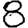
Digit: 8